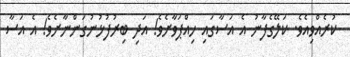
ކުރެއްވިއެވެ. ކަލޭގެފާނު އެ އަސާގައި ހިއްޕަވާށެވެ! އަދި ބިރުފުޅުނުގަންނާށެވެ! އެ އަސާ